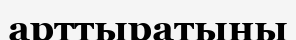
арттыратыны